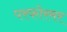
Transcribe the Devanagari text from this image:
परफोरमर